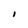
Character: I